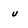
Character: v